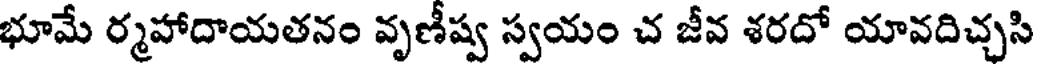
భూమే ర్మహాదాయతనం వృణీష్వ స్వయం చ జీవ శరదో యావదిచ్చసి